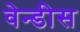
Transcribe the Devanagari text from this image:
वेन्डीस